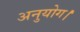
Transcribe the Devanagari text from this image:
अनुयोग।